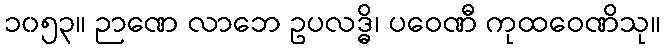
၁၀၅၃။ ဉာဏေ လာဘေ ဥပလဒ္ဓိ၊ ပဝေဏီ ကုထဝေဏိသု။